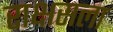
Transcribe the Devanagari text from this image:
राक्षसला